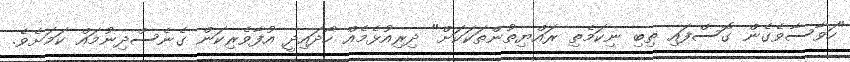
"ހަވާސާވެގެން ގޮސްފައި ތިބި ނިކަމެތި ރައްޔިތުންތަކަކަށް" ދިރިއުޅެމެއް ހޯދައިދީ އުފާވެރިކަން ގެނެސްދިނުމައް ކަމަށެވެ.